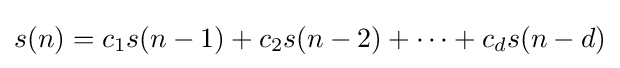
s(n)=c_{1}s(n-1)+c_{2}s(n-2)+\cdots +c_{d}s(n-d)